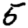
Digit: 5